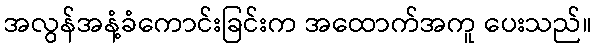
အလွန်အနံ့ခံကောင်းခြင်းက အထောက်အကူ ပေးသည်။